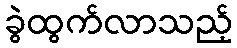
ခွဲထွက်လာသည့်